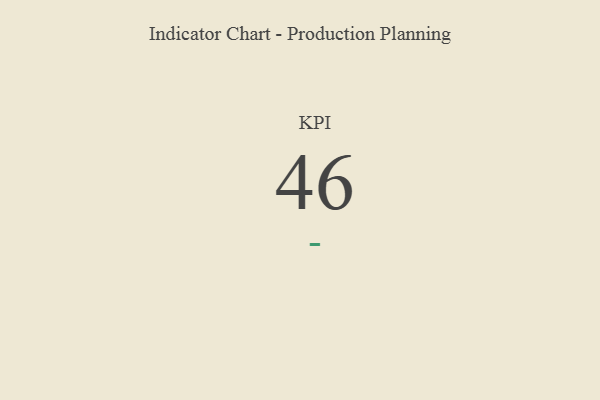
{"axis": {"x": "KPI", "y": "Value"}, "legend": [""], "data": [{"x": "KPI", "y": 46, "type": ""}]}